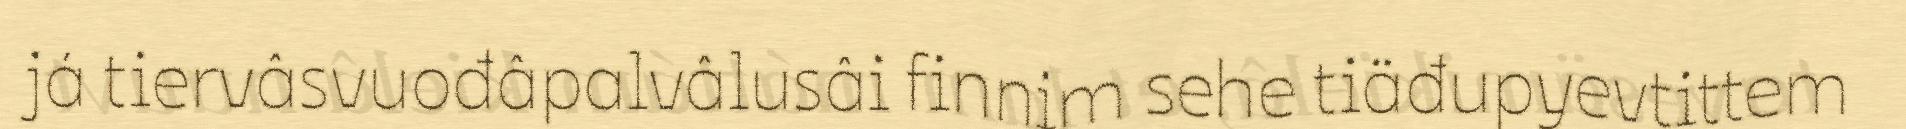
já tiervâsvuođâpalvâlusâi finnim sehe tiäđupyevtittem